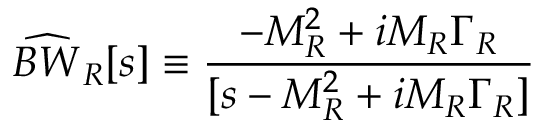
\widehat { B W } _ { R } [ s ] \equiv { \frac { - M _ { R } ^ { 2 } + i M _ { R } \Gamma _ { R } } { [ s - M _ { R } ^ { 2 } + i M _ { R } \Gamma _ { R } ] } }